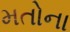
મતોના